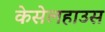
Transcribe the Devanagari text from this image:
केसेलहाउस